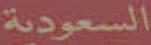
السعودية